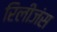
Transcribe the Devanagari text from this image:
रिलीजंस